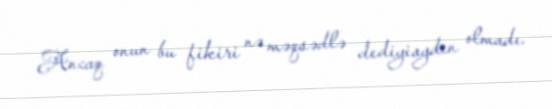
Ancaq onun bu fikiri nə məqsədlə dediyiaydın olmadı.